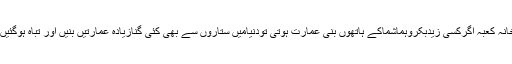
خانہ کعبہ اگرکسی زیدبکروہماشماکے ہاتھوں بنی عمارت ہوتی تودنیامیں ستاروں سے بھی کئی گنازیادہ عمارتیں بنیں اور تباہ ہوگئیں ۔